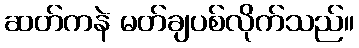
ဆတ်ကနဲ မတ်ချပစ်လိုက်သည်။